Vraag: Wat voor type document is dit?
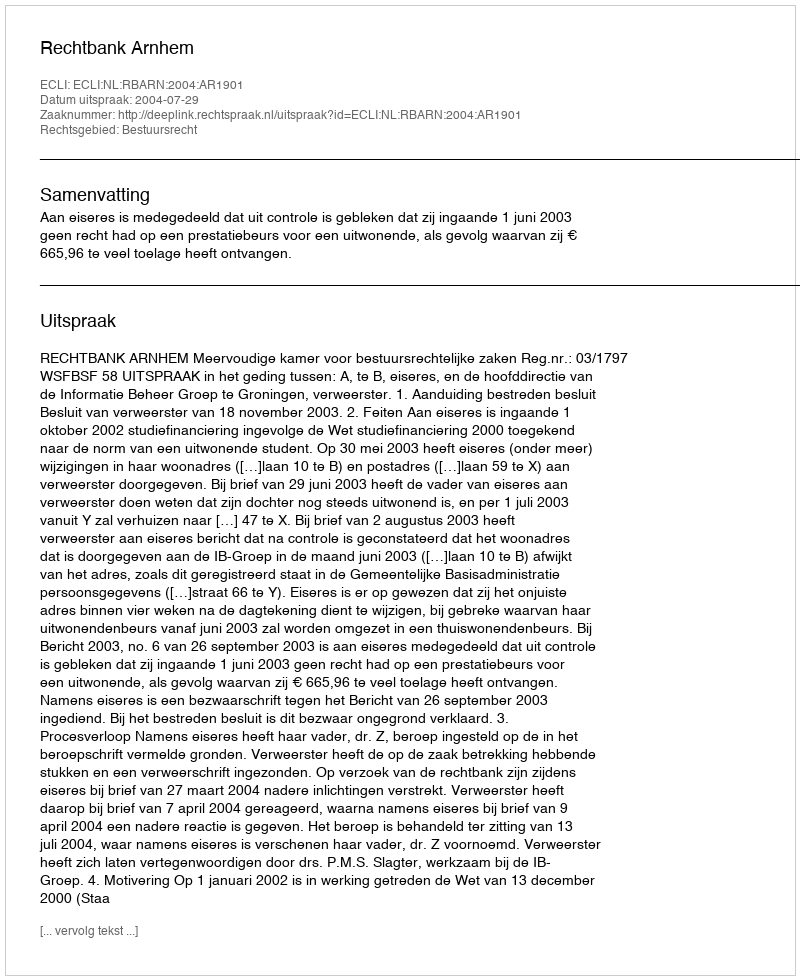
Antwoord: Uitspraak